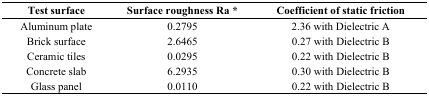
| Test surface | Surface roughness Ra * | Coefficient of static friction |
 | --- | --- | --- |
 | Aluminum plate | 0.2795 | 2.36 with Dielectric A |
 | Brick surface | 2.6465 | 0.27 with Dielectric B |
 | Ceramic tiles | 0.0295 | 0.22 with Dielectric B |
 | Concrete slab | 6.2935 | 0.30 with Dielectric B |
 | Glass panel | 0.0110 | 0.22 with Dielectric B |